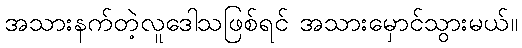
အသားနက်တဲ့လူဒေါသဖြစ်ရင် အသားမှောင်သွားမယ်။